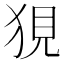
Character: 𤞭